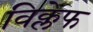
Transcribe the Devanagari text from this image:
विक्लेफ